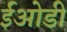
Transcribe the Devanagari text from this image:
ईओडी